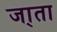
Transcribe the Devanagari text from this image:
जा्ता